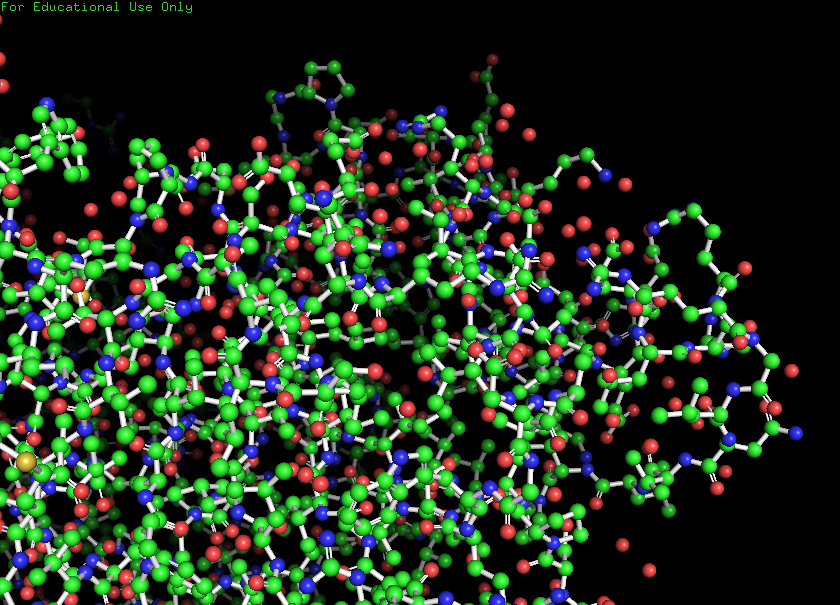
pymol, preset, ball_and_stick